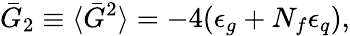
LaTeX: \bar{G}_{2}\equiv\langle\bar{G}^{2}\rangle=-4(\epsilon_{g}+N_{f}\epsilon_{q}),